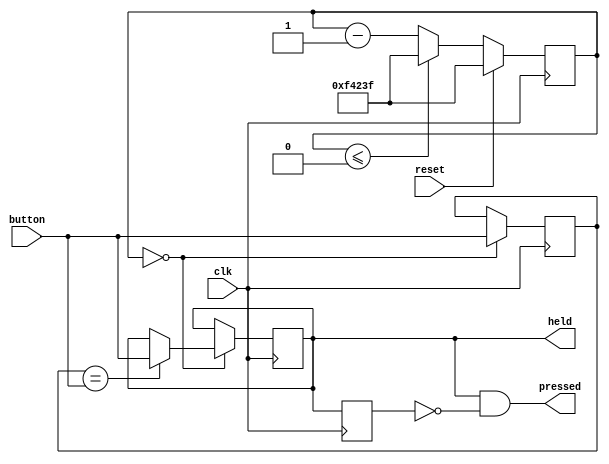
module debouncer(output pressed, held, input button, clk, reset);

    localparam sampletime = (1000000 - 1);
    reg button_sampled, button_debounced, button_debounced_d;
    reg [19:0] timer;
	 
    assign held = button_debounced;
    assign pressed = button_debounced & ~button_debounced_d;
    
    always@(posedge clk) begin
        if (reset) begin
            timer <= sampletime;
        end
        else begin
            timer <= timer - 1;
            if (timer <= 0) 
                timer <= sampletime;
        end
    end
    
    always@(posedge clk) begin
        button_debounced_d <= button_debounced;
        if (timer == 0) begin
            button_sampled <= button;
            if (button_sampled == button)
                button_debounced <= button;
        end
    end
endmodule